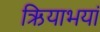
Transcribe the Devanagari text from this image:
ऋियाभयां